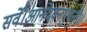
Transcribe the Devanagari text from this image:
सर्वे।आनंदवनभुवनी।।